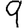
Digit: 9